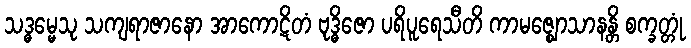
သဒ္ဓမ္မေသု သကျရာဇာနော အာကောဋိတံ ဗုဒ္ဓိဇော ပရိပူရေသီတိ ကာမဇ္ဈောသာနန္တိ စက္ခတ္တုံ